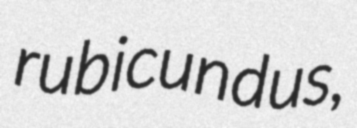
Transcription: rubicundus,